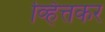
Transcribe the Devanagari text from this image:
व्हित्तकर